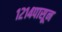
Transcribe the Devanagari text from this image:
१२१४पासून